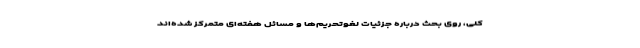
کلی، روی بحث درباره جزئیات لغوتحریم‌ها و مسائل هفته‌ای متمرکز شده‌اند